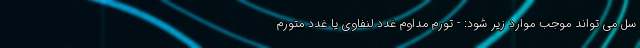
سل می تواند موجب موارد زیر شود: - تورم مداوم غدد لنفاوی یا غدد متورم